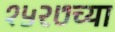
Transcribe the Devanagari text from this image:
१५२७च्या